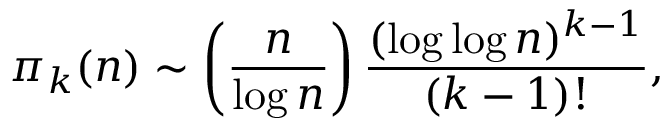
\pi _ { k } ( n ) \sim \left( { \frac { n } { \log n } } \right) { \frac { ( \log \log n ) ^ { k - 1 } } { ( k - 1 ) ! } } ,